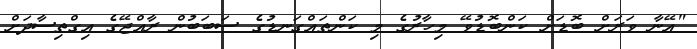
"އޭނާ ވަރަށް ބޮޑަށް ކަންބޮޑުވޭ މިހާރުގެ މި ކަންތައްގަނޑުގެ ސަބަބުން ރާއްޖޭގެ އިގްތިސާދަށް